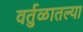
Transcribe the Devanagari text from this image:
वर्तुळातल्या